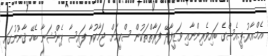
އެމް.އާރު.ޕީ.އެސްގެ ބައިވެރިންނާއި ވަޒީފާދޭ ފަރާތްތަކުން ސްކީމަށް ޖަމާކުރާ ފައިސާ ޕެންޝަނާ ބެހޭ ޤާނޫނުގައި